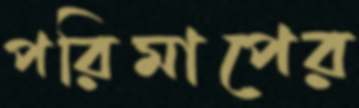
পরিমাপের